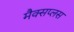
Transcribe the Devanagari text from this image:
मैक्सप्लस